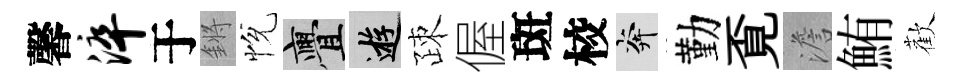
馨淬于鏘恱亹游疎偓斑校奔勤覔澹鮪歡